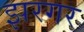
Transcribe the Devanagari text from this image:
झरगर